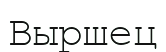
Выршец